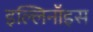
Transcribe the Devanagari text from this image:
इल्लिनॉइस